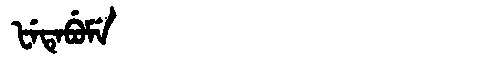
Manchu: ᡶᡝᡨᡝᠪᡠᠮᡝ
Romanization: FETEBUME